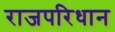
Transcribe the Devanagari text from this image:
राजपरिधान